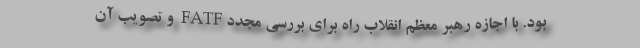
بود. با اجازه رهبر معظم انقلاب راه برای بررسی مجددFATF و تصویب آن